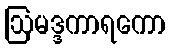
ဩမဒ္ဒကာရကော